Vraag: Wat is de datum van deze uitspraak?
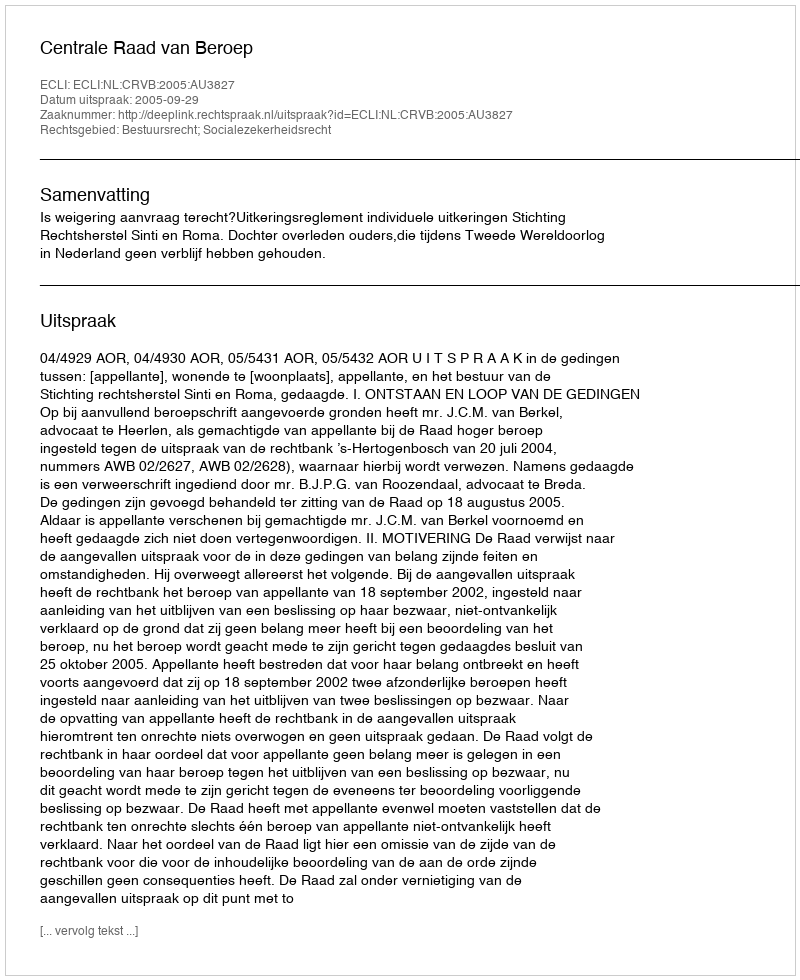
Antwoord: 2005-09-29